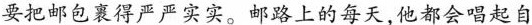
要把邮包裹得严严实实。邮路上的每天,他都会唱起自